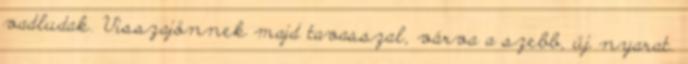
vadludak. Visszajönnek majd tavasszal, várva a szebb, új nyarat.